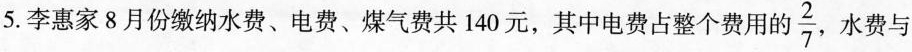
5.李惠家8月份缴纳水费、电费、煤气费共140元，其中电费占整个费用的\frac{2}{7},水费与